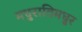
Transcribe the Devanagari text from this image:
मधुरातिमधुर